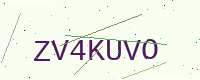
Text: ZV4KUVO